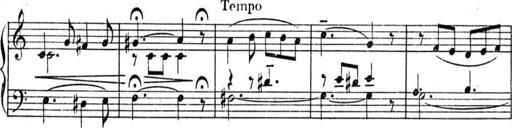
Title: Sonatines
Composer: Hedwige ChrÃ©tien